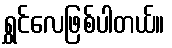
ရွှင်လေဖြစ်ပါတယ်။